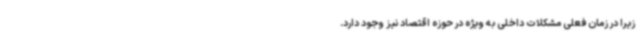
زیرا در زمان فعلی مشکلات داخلی به ویژه در حوزه اقتصاد نیز وجود دارد.